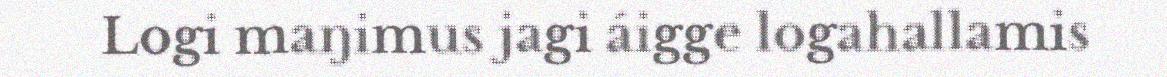
Logi maŋimus jagi áigge logahallamis